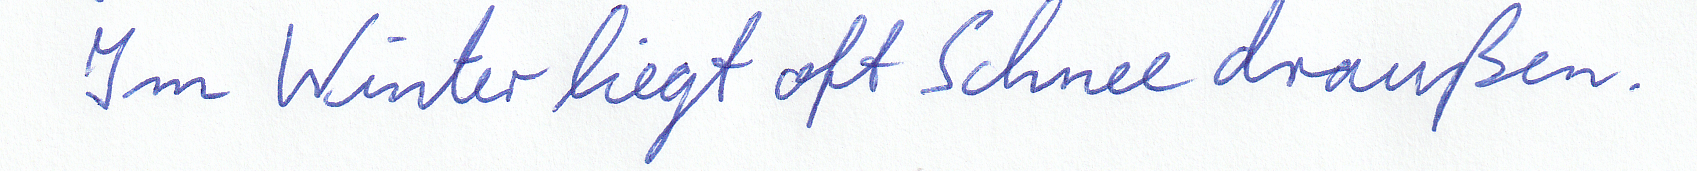
Im Winter liegt oft Schnee draußen.